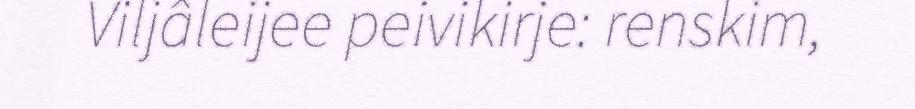
Viljâleijee peivikirje: renskim,